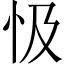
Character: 忣